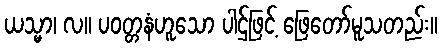
ယသ္မာ၊ လ။ ပဝတ္တနံဟူသော ပါဌ်ဖြင့် ဖြေတော်မူသတည်း။